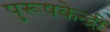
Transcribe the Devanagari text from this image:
पुरूषकेन्द्री